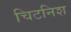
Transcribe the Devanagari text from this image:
चिटनिश